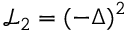
\mathcal { L } _ { 2 } = ( - \Delta ) ^ { 2 }